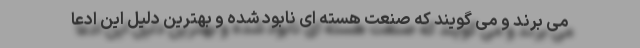
می برند و می گویند که صنعت هسته ای نابود شده و بهترین دلیل این ادعا